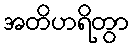
အတိဟရိတွာ